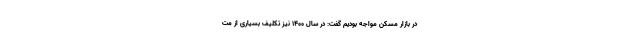
در بازار مسکن مواجه بودیم گفت: در سال ۱۴۰۰ نیز تکلیف بسیاری از مت